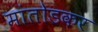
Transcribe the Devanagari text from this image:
मांतोडकर